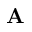
\mathbf { A }